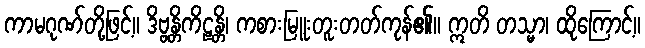
ကာမဂုဏ်တို့ဖြင့်။ ဒိဗ္ဗန္တိကိဠန္တိ၊ ကစားမြူးတူးတတ်ကုန်၏။ ဣတိ တသ္မာ၊ ထိုကြောင့်။